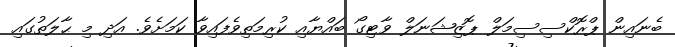
ބެނައިން ޕްރޮކްސިސިމަލް ޕޮޒިޝަނަލް ވާޓިގޯ ބައްޔާއި ކުރިމަތިވެފައިވާ ކަމަށެވެ. އަދި މި ޙާލަތުގައި